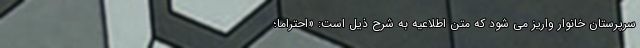
سرپرستان خانوار واریز می شود که متن اطلاعیه به شرح ذیل است: «احتراماً؛